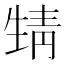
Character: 𩇛